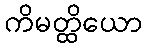
ကိမတ္ထိယော